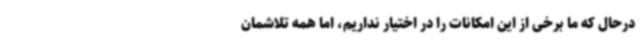
درحال که ما برخی از این امکانات را در اختیار نداریم، اما همه تلاشمان